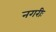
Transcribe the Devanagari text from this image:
नगरीः